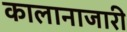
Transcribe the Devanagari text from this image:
कालानाजारी